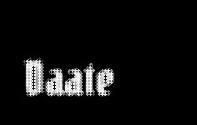
Daate